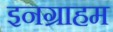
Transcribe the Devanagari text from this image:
इनग्राहम